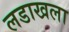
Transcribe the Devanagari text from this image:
लडाखला